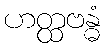
ဟတ္ထဗန္ဓံ